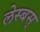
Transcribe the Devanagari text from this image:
लेस्बस्